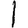
Digit: 1